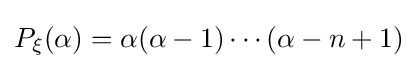
P_{\xi }(\alpha )=\alpha (\alpha -1)\cdots (\alpha -n+1)